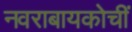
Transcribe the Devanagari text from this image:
नवराबायकोचीं